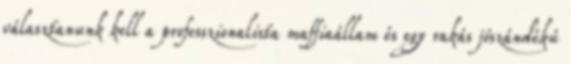
választanunk kell a professzionalista maffiaállam és egy rakás jószándékú